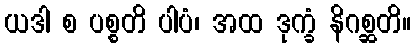
ယဒါ စ ပစ္စတိ ပါပံ၊ အထ ဒုက္ခံ နိဂစ္ဆတိ။